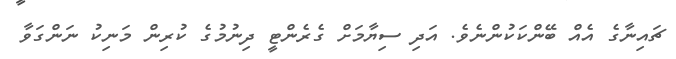
ޗައިނާގެ އެއް ބޭންކަކުންނެވެ. އަދި ސިޔާމަށް ގެރެންޓީ ދިނުމުގެ ކުރިން މަނިކު ނަންގަވާ